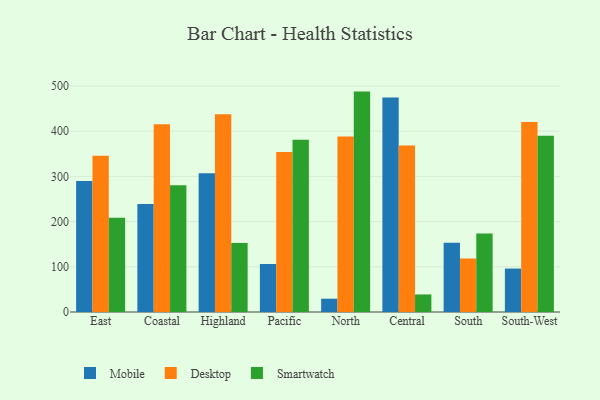
{"axis": {"x": "Region", "y": "Conversion Rate (%)"}, "legend": ["Desktop", "Mobile", "Smartwatch"], "data": [{"x": "East", "y": 289.9, "type": "Mobile"}, {"x": "East", "y": 345.9, "type": "Desktop"}, {"x": "East", "y": 208.6, "type": "Smartwatch"}, {"x": "Coastal", "y": 238.7, "type": "Mobile"}, {"x": "Coastal", "y": 415.2, "type": "Desktop"}, {"x": "Coastal", "y": 280.2, "type": "Smartwatch"}, {"x": "Highland", "y": 306.8, "type": "Mobile"}, {"x": "Highland", "y": 437.3, "type": "Desktop"}, {"x": "Highland", "y": 152.5, "type": "Smartwatch"}, {"x": "Pacific", "y": 106.2, "type": "Mobile"}, {"x": "Pacific", "y": 353.9, "type": "Desktop"}, {"x": "Pacific", "y": 381.1, "type": "Smartwatch"}, {"x": "North", "y": 29.4, "type": "Mobile"}, {"x": "North", "y": 388.1, "type": "Desktop"}, {"x": "North", "y": 487.6, "type": "Smartwatch"}, {"x": "Central", "y": 474.8, "type": "Mobile"}, {"x": "Central", "y": 368.5, "type": "Desktop"}, {"x": "Central", "y": 38.8, "type": "Smartwatch"}, {"x": "South", "y": 153.3, "type": "Mobile"}, {"x": "South", "y": 118.4, "type": "Desktop"}, {"x": "South", "y": 173.5, "type": "Smartwatch"}, {"x": "South-West", "y": 96.1, "type": "Mobile"}, {"x": "South-West", "y": 420.2, "type": "Desktop"}, {"x": "South-West", "y": 390.0, "type": "Smartwatch"}]}